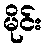
မိုင်း